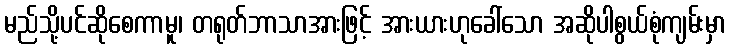
မည်သို့ပင်ဆိုစေကာမူ၊ တရုတ်ဘာသာအားဖြင့် အားယားဟုခေါ်သော အဆိုပါစွယ်စုံကျမ်းမှာ